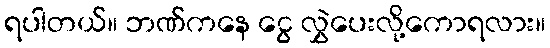
ရပါတယ်။ ဘဏ်ကနေ ငွေ လွှဲပေးလို့ကောရလား။